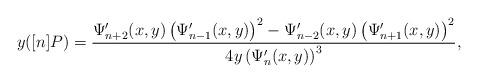
LaTeX: \begin{align*}y([n]P) = \frac{\Psi^\prime_{n+2}(x,y)\left ( \Psi^\prime_{n-1}(x,y) \right)^2 - \Psi^\prime_{n-2}(x,y)\left (\Psi^\prime_{n+1}(x,y)\right)^2}{4y\left ( \Psi^\prime_{n}(x,y) \right)^3}, \end{align*}